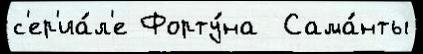
с'ер'иа́л'е Форту́на  Сама́нты